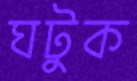
ঘটুক